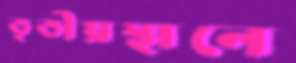
তৃতীয়স্থানে